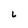
Character: L